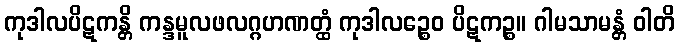
ကုဒါလပိဋကန္တိ ကန္ဒမူလဖလဂ္ဂဟဏတ္ထံ ကုဒါလဉ္စေဝ ပိဋကဉ္စ။ ဂါမသာမန္တံ ဝါတိ